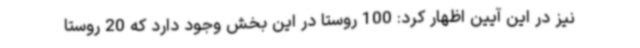
نیز در این آیین اظهار کرد: 100 روستا در این بخش وجود دارد که 20 روستا